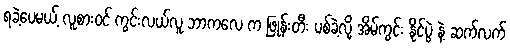
ရခဲ့ပေမယ့် လူစားဝင် ကွင်းလယ်လူ ဘာကလေ က ဖြုန်းတီး ပစ်ခဲ့လို့ အိမ်ကွင်း နိုင်ပွဲ နဲ့ ဆက်လက်